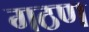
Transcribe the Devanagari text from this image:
गठण